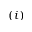
( i )